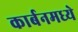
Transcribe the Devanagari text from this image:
कार्बनमध्ये